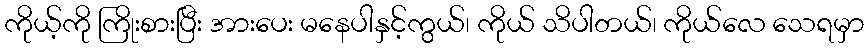
ကိုယ့်ကို ကြိုးစားပြီး အားပေး မနေပါနှင့်ကွယ်၊ ကိုယ် သိပါတယ်၊ ကိုယ်လေ သေရမှာ